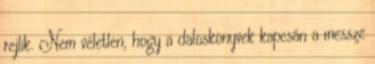
rejlik. Nem véletlen, hogy a daloskönyvek kapcsán a messze